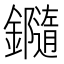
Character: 𨯝